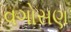
વગોસણ